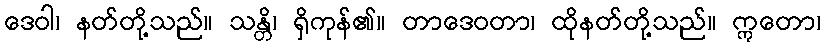
ဒေဝါ၊ နတ်တို့သည်။ သန္တိ၊ ရှိကုန်၏။ တာဒေဝတာ၊ ထိုနတ်တို့သည်။ ဣတော၊